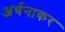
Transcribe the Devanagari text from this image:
अर्चनाकर